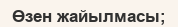
Өзен жайылмасы;